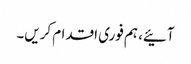
آئیے، ہم فوری اقدام کریں۔